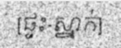
[ផ្ទះ-ស្នាក់]